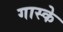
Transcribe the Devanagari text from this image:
गास्के